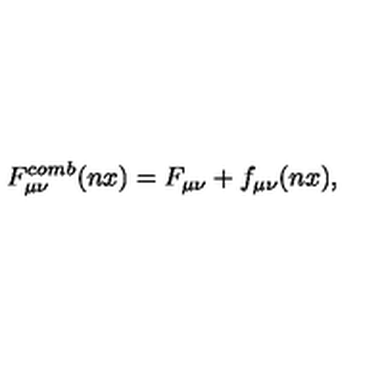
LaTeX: F \sb { \mu \nu } \sp { c o m b } ( n x ) = F \sb { \mu \nu } + f \sb { \mu \nu } ( n x ) ,